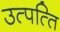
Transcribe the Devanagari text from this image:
उत्पत्‍ति